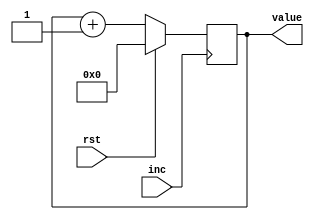
module MicrocodeCounter(input inc, input rst, output [3:0] value);
    reg [3:0] value;

    always @(negedge inc) begin
        value = rst ? 0 : value + 1;
    end
endmodule